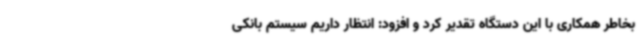
بخاطر همکاری با این دستگاه تقدیر کرد و افزود: انتظار داریم سیستم بانکی